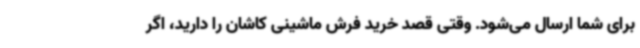
برای شما ارسال می‌شود. وقتی قصد خرید فرش ماشینی کاشان را دارید، اگر